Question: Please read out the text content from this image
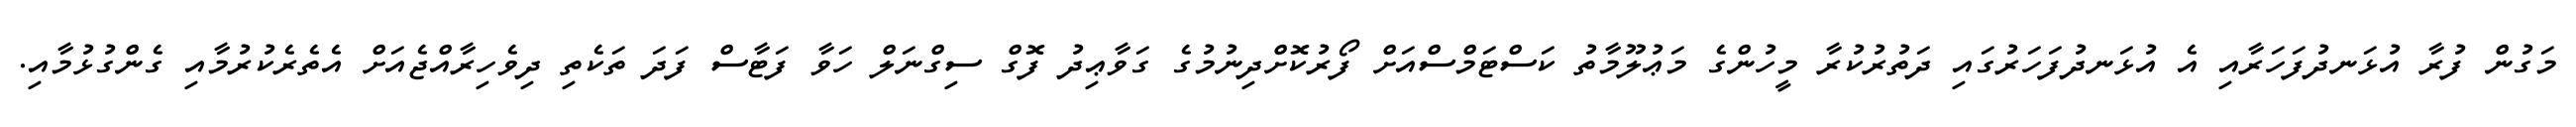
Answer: މަގުން ފުރާ އުޅަނދުފަހަރާއި އެ އުޅަނދުފަހަރުގައި ދަތުރުކުރާ މީހުންގެ މަޢުލޫމާތު ކަސްޓަމްސްއަށް ފޯރުކޮށްދިނުމުގެ ގަވާޢިދު ފޮގް ސިގްނަލް ހަވާ ފަޓާސް ފަދަ ތަކެތި ދިވެހިރާއްޖެއަށް އެތެރެކުރުމާއި ގެންގުޅުމާއި.